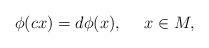
LaTeX: \begin{align*}\phi(cx)=d\phi(x),\ \ \ \ x\in M,\end{align*}